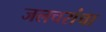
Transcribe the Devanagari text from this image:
जलचरांचा